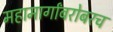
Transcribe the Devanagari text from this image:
महामार्गांबरोबरच